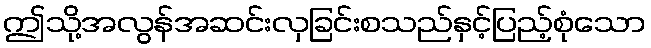
ဤသို့အလွန်အဆင်းလှခြင်းစသည်နှင့်ပြည့်စုံသော